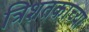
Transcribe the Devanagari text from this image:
त्रिशतकाच्या